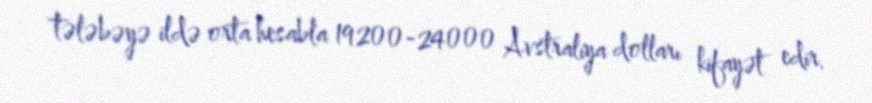
tələbəyə ildə orta hesabla 19200-24000 Avstraliya dolları kifayət edir.